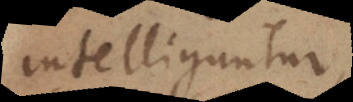
intelliguntur,